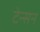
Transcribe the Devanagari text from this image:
टेन्सन